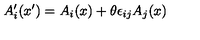
A _ { i } ^ { \prime } ( x ^ { \prime } ) = A _ { i } ( x ) + \theta \epsilon _ { i j } A _ { j } ( x )